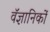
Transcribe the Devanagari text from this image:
वॅज्ञानिकों